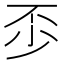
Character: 𠀰